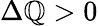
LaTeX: \Delta\mathbb{Q}>0